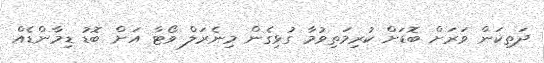
ދަތިކަން ވަރަށް ބޮޑަށް ކުރިމަތިވުމާ ގުޅިގެން މިނެރަލް ވޯޓާ އަށް ބޮޑު ޑިމާންޑެއް